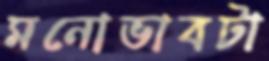
মনোভাবটা